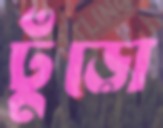
ঢুঁড়ো